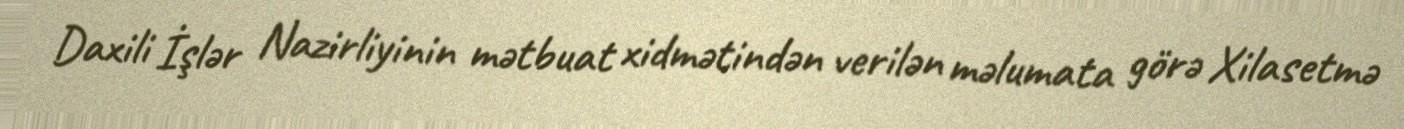
Daxili İşlər Nazirliyinin mətbuat xidmətindən verilən məlumata görə Xilasetmə